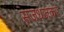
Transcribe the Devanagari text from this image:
सजधजकर